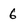
Character: 6